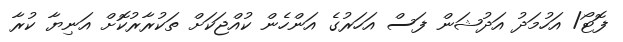
ފޮޓޯ/ އަހުމަދު އަދުޝަން ފަސް އަހަރުގެ އަންހެން ކުއްޖަކަށް ތަކުރާރުކޮށް އަނިޔާ ކުރާ